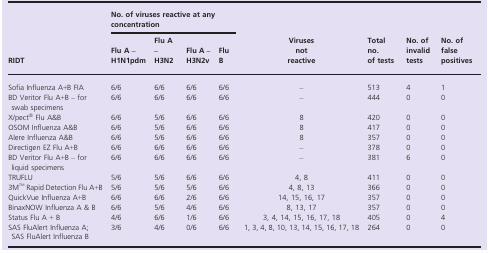
| <ROWSPAN=3> RIDT | <COLSPAN=4> No. of viruses reactive at any concentration | <ROWSPAN=3> Viruses not reactive | <ROWSPAN=3> Total no. of tests | <ROWSPAN=3> No. of invalid tests | <ROWSPAN=3> No. of false positives |
 | Flu A – H1N1pdm | Flu A – H3N2 | Flu A – H3N2v | Flu B |
 | --- | --- | --- | --- | --- | --- | --- | --- | --- |
 | Sofia Influenza A+B FIA | 6/6 | 6/6 | 6/6 | 6/6 | – | 513 | 4 | 1 |
 | BD Veritor Flu A+B – for swab specimens | 6/6 | 6/6 | 6/6 | 6/6 | – | 444 | 0 | 0 |
 | X/pect® Flu A&B | 6/6 | 5/6 | 6/6 | 6/6 | 8 | 420 | 0 | 0 |
 | OSOM Influenza A&B | 6/6 | 5/6 | 6/6 | 6/6 | 8 | 417 | 0 | 0 |
 | Alere Influenza A&B | 6/6 | 5/6 | 6/6 | 6/6 | 8 | 357 | 0 | 0 |
 | Directigen EZ Flu A+B | 6/6 | 6/6 | 6/6 | 6/6 | – | 378 | 0 | 0 |
 | BD Veritor Flu A+B – for liquid specimens | 6/6 | 6/6 | 6/6 | 6/6 | – | 381 | 6 | 0 |
 | TRUFLU | 5/6 | 5/6 | 6/6 | 6/6 | 4, 8 | 411 | 0 | 0 |
 | 3MTM Rapid Detection Flu A+B | 5/6 | 5/6 | 5/6 | 6/6 | 4, 8, 13 | 366 | 0 | 0 |
 | QuickVue Influenza A+B | 6/6 | 6/6 | 2/6 | 6/6 | 14, 15, 16, 17 | 357 | 0 | 0 |
 | BinaxNOW Influenza A & B | 6/6 | 5/6 | 4/6 | 6/6 | 8, 13, 17 | 357 | 0 | 0 |
 | Status Flu A + B | 4/6 | 6/6 | 1/6 | 6/6 | 3, 4, 14, 15, 16, 17, 18 | 405 | 0 | 4 |
 | SAS FluAlert Influenza A; SAS FluAlert Influenza B | 3/6 | 4/6 | 0/6 | 6/6 | 1, 3, 4, 8, 10, 13, 14, 15, 16, 17, 18 | 264 | 0 | 0 |